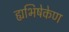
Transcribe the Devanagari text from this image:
ह्यभिषेकेण